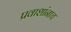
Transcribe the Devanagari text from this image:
प्रवाशांनाच